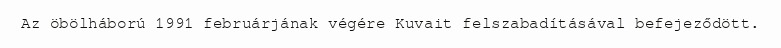
Az öbölháború 1991 februárjának végére Kuvait felszabadításával befejeződött.